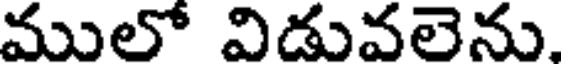
ములో విడువలెను.